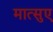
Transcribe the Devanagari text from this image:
मात्सुए